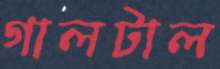
গালটাল